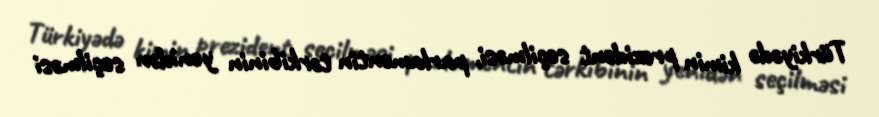
Türkiyədə kimin prezident seçilməsi, parlamentin tərkibinin yenidən seçilməsi